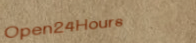
Open24Hours